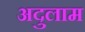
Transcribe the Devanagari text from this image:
अदुलाम